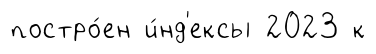
постро́ен и́нд'ексы 2023 к